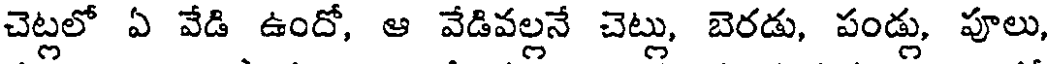
చెట్లలో ఏ వేడి ఉందో, ఆ వేడివల్లనే చెట్లు, బెరడు, పండ్లు, పూలు,